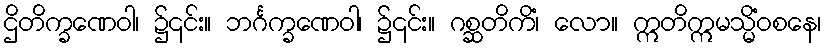
ဌိတိက္ခဏေဝါ၊ ၌၎င်း။ ဘင်္ဂက္ခဏေဝါ၊ ၌၎င်း။ ဂစ္ဆတိကိံ၊ လော။ ဣတိဣမသ္မိံဝစနေ၊